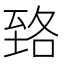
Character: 臵